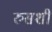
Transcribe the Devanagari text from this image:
रुसशी